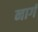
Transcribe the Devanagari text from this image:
नार्ग